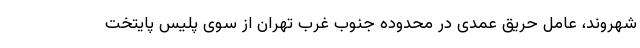
شهروند، عامل حریق عمدی در محدوده جنوب غرب تهران از سوی پلیس پایتخت